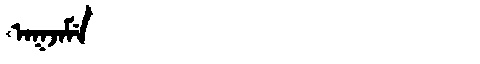
Manchu: ᠠᡴᠵᠠᠮᡝ
Romanization: AKJAME